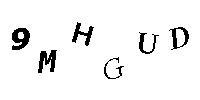
9MHGUD